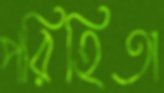
পরিহিতা